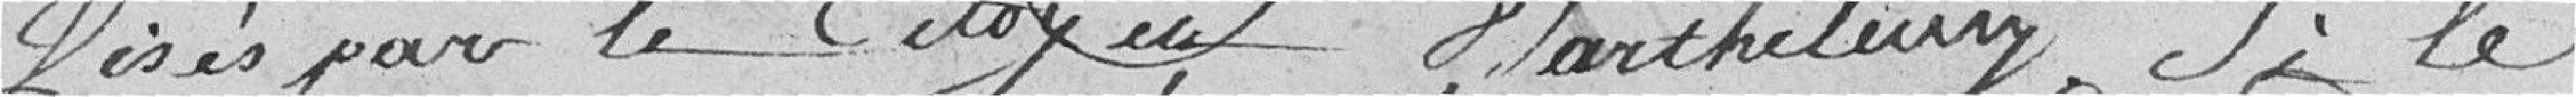
visés par le Citoyen Bartheluiy. Si le